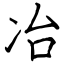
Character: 冶